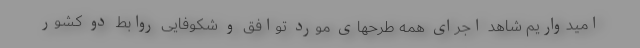
امیدواریم شاهد اجرای همه طرحهای مورد توافق و شکوفایی روابط دو کشور